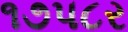
૧૭પ૮ર